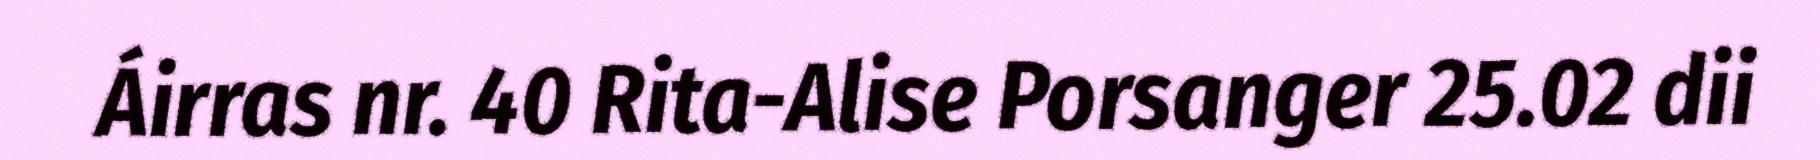
Áirras nr. 40 Rita-Alise Porsanger 25.02 dii